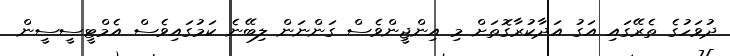
ދުވަހުގެ ތެރޭގައި އަގު އަދާކުރާގޮތަށް މި އިންޖީންވެސް ގަންނަން ލިބޭނެ ކަމުގައިވެސް އެމްޓީސީސީން